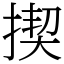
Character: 揳